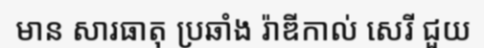
មាន សារធាតុ ប្រឆាំង រ៉ាឌីកាល់ សេរី ជួយ